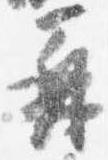
再